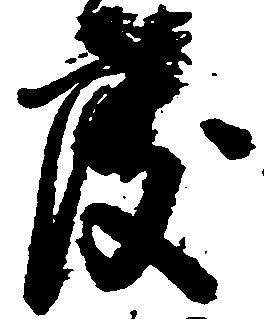
度